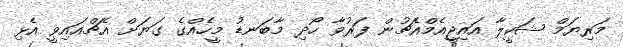
މަރިޔަމް ޝަކީލާ އައިޖީއެމްއެޗުން ފަރުވާ ހޯދި މާބަނޑު މީހެއްގެ ގަޔަށް އެޗްއައިވީ އެޅި